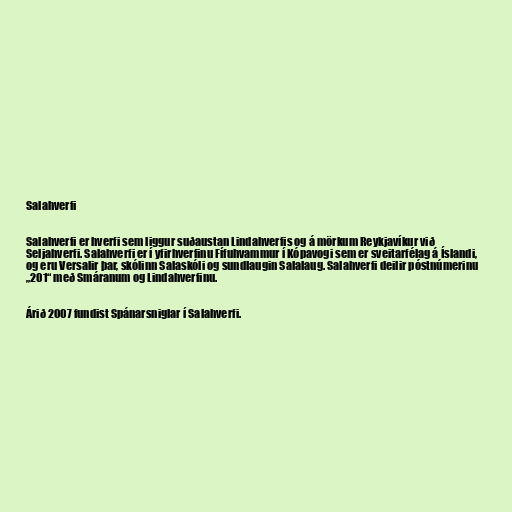
Salahverfi

Salahverfi er hverfi sem liggur suðaustan Lindahverfis og á mörkum Reykjavíkur við
Seljahverfi. Salahverfi er í yfirhverfinu Fífuhvammur í Kópavogi sem er sveitarfélag á Íslandi,
og eru Versalir þar, skólinn Salaskóli og sundlaugin Salalaug. Salahverfi deilir póstnúmerinu
„201“ með Smáranum og Lindahverfinu.

Árið 2007 fundist Spánarsniglar í Salahverfi.